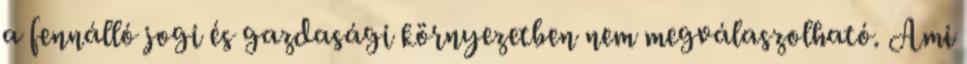
a fennálló jogi és gazdasági környezetben nem megválaszolható. Ami